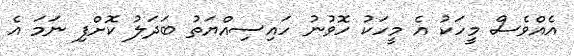
އެއްވެސް މީހަކު އެ މީހަކު ހޮވުނު ހައިސިއްޔަތު ބަދަލު ކޮށްފި ނަމަ އެ